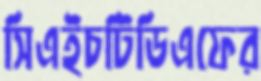
সিএইচটিডিএফের